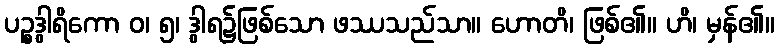
ပဉ္စဒွါရိကော ဝ၊ ၅၊ ဒွါရ၌ဖြစ်သော ဖဿသည်သာ။ ဟောတိ၊ ဖြစ်၏။ ဟိ၊ မှန်၏။